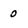
Character: 0